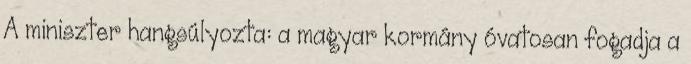
A miniszter hangsúlyozta: a magyar kormány óvatosan fogadja a